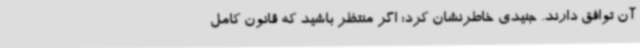
آن توافق دارند. جنیدی خاطرنشان کرد: اگر منتظر باشید که قانون کامل